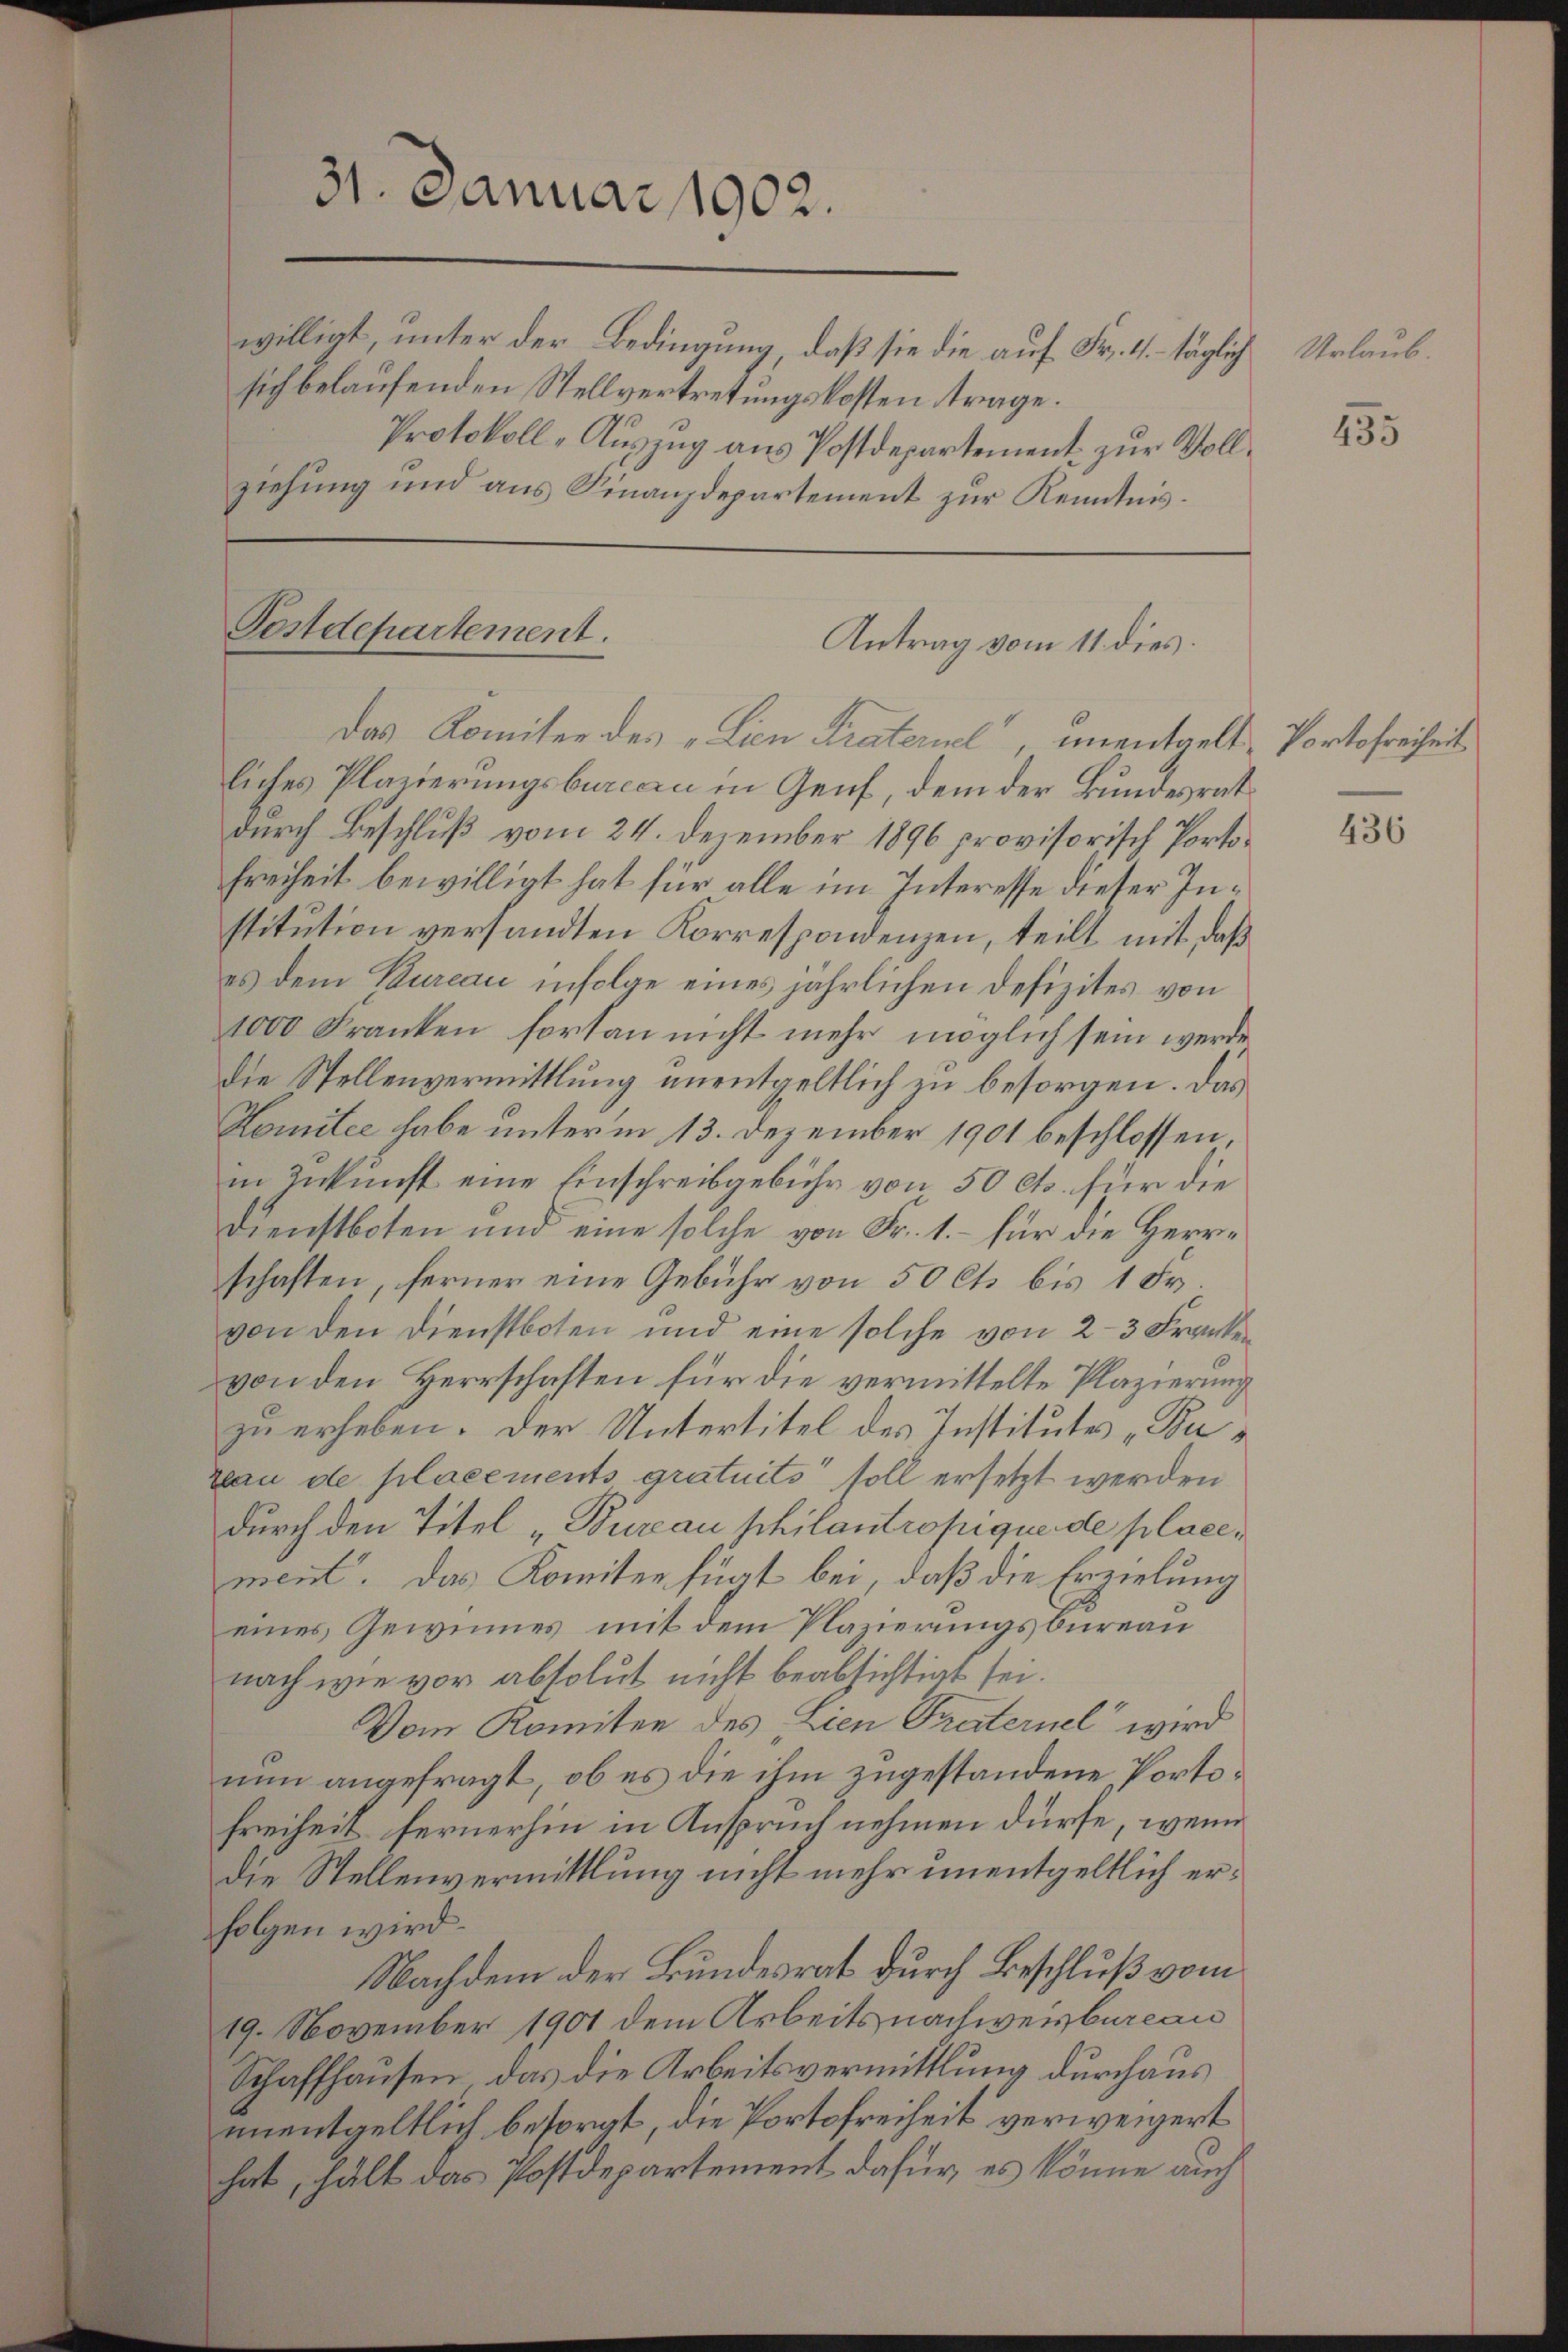
31. Januar 1902.
willigt, unter der Bedingung, daß sie die auf Fr. 4. täglich Urlaubsich belaufenden Stellvertretungskosten trage.
Protokoll-Auszug aus Postdepartement zur Vollziehung und aus Finanzdepartement zur Kenntnis.

Antrag vom 11. dies.
Das Komiter des „Lien Kratenel“, unentgelt Portofreiheit

Postdepartement.

liches Plazierungsbureau in Genf, dem der Bundesrat
durch Beschluß vom 24. Dezember 1896 provisorisch Porto¬
Freiheit bewilligt hat für alle im Interesse dieser Institution versandten Korrespondenzen, teilt mit, daß
es dem Kureau infolge eines jährlichen Defizites von
1000 Franken fortan nicht mehr möglich sein werde
die Stellenvermittlung unentgeltlich zu besorgen. Das
Komitee habe unterm 13. Dezember 1901 beschlossen,
in Zukunft eine Einschreibgebühr von 50 Cts. für die
Dienstboten und eine solche von Fr. 1.- für die Herrn
schaften, ferner eine Gebühr von 50 Cts bis 1 Fr.
von den Dienstboten und eine solche von 2-3 Frankvon den Herrschaften für die vermittelte Plazierung
zu erheben. Der Untertitel des Institutes „Bu¬
Bau de placements gratuits soll ersetzt werden
durch den Titel „Bureau philantropique de placement. Das Komiten fügt bei, daß die Erzielung
eines Gewinnes, mit dem Plazierungsbureau
nach wie vor absolut nicht beabsichtigt sei.
Vom Komiten des Lien Paternel" wird
nun angefragt, ob es die ihm zugestandene Porto¬
Freiheit fernerhin in Anspruch nehmen dürfe, wenn
die Stellenvermittlung nicht mehr unentgeltlich erfolgen wird.
Nachdem der Bundesrat durch Beschluß vom
19. November 1901 dem Arbeits nachwerbureau
Schaffhausen, das die Arbeitsvermittlung durchaus
unentgeltlich besorgt, die Portofreiheit verweigert
hat, hält das Postdepartement dafür, es könne auch

455

436